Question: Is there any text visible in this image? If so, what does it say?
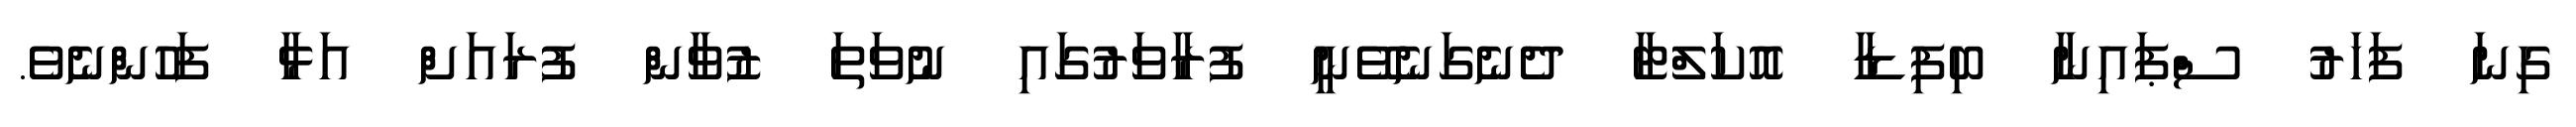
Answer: ގިނަ ފަހަރު ސްޕައިނާ ބިފިޑާ އޮކަލްޓާ ދެނެގަނެވޭނީ ފުރާވަރުގައި ނުވަތަ ޒުވާން ފުރައަށް އަޅާ ފަހުންނެވެ.